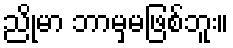
ညိုမာ ဘာမှမဖြစ်ဘူး။